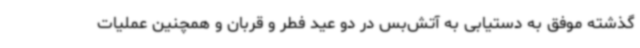
گذشته موفق به دستیابی به آتش‌بس در دو عید فطر و قربان و همچنین عملیات